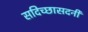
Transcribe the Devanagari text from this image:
सदिच्छासदनीं